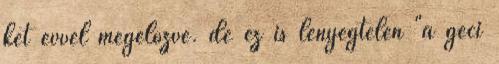
két évvel megelőzve. de ez is lényegtelen "a geci